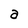
Character: a